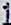
1